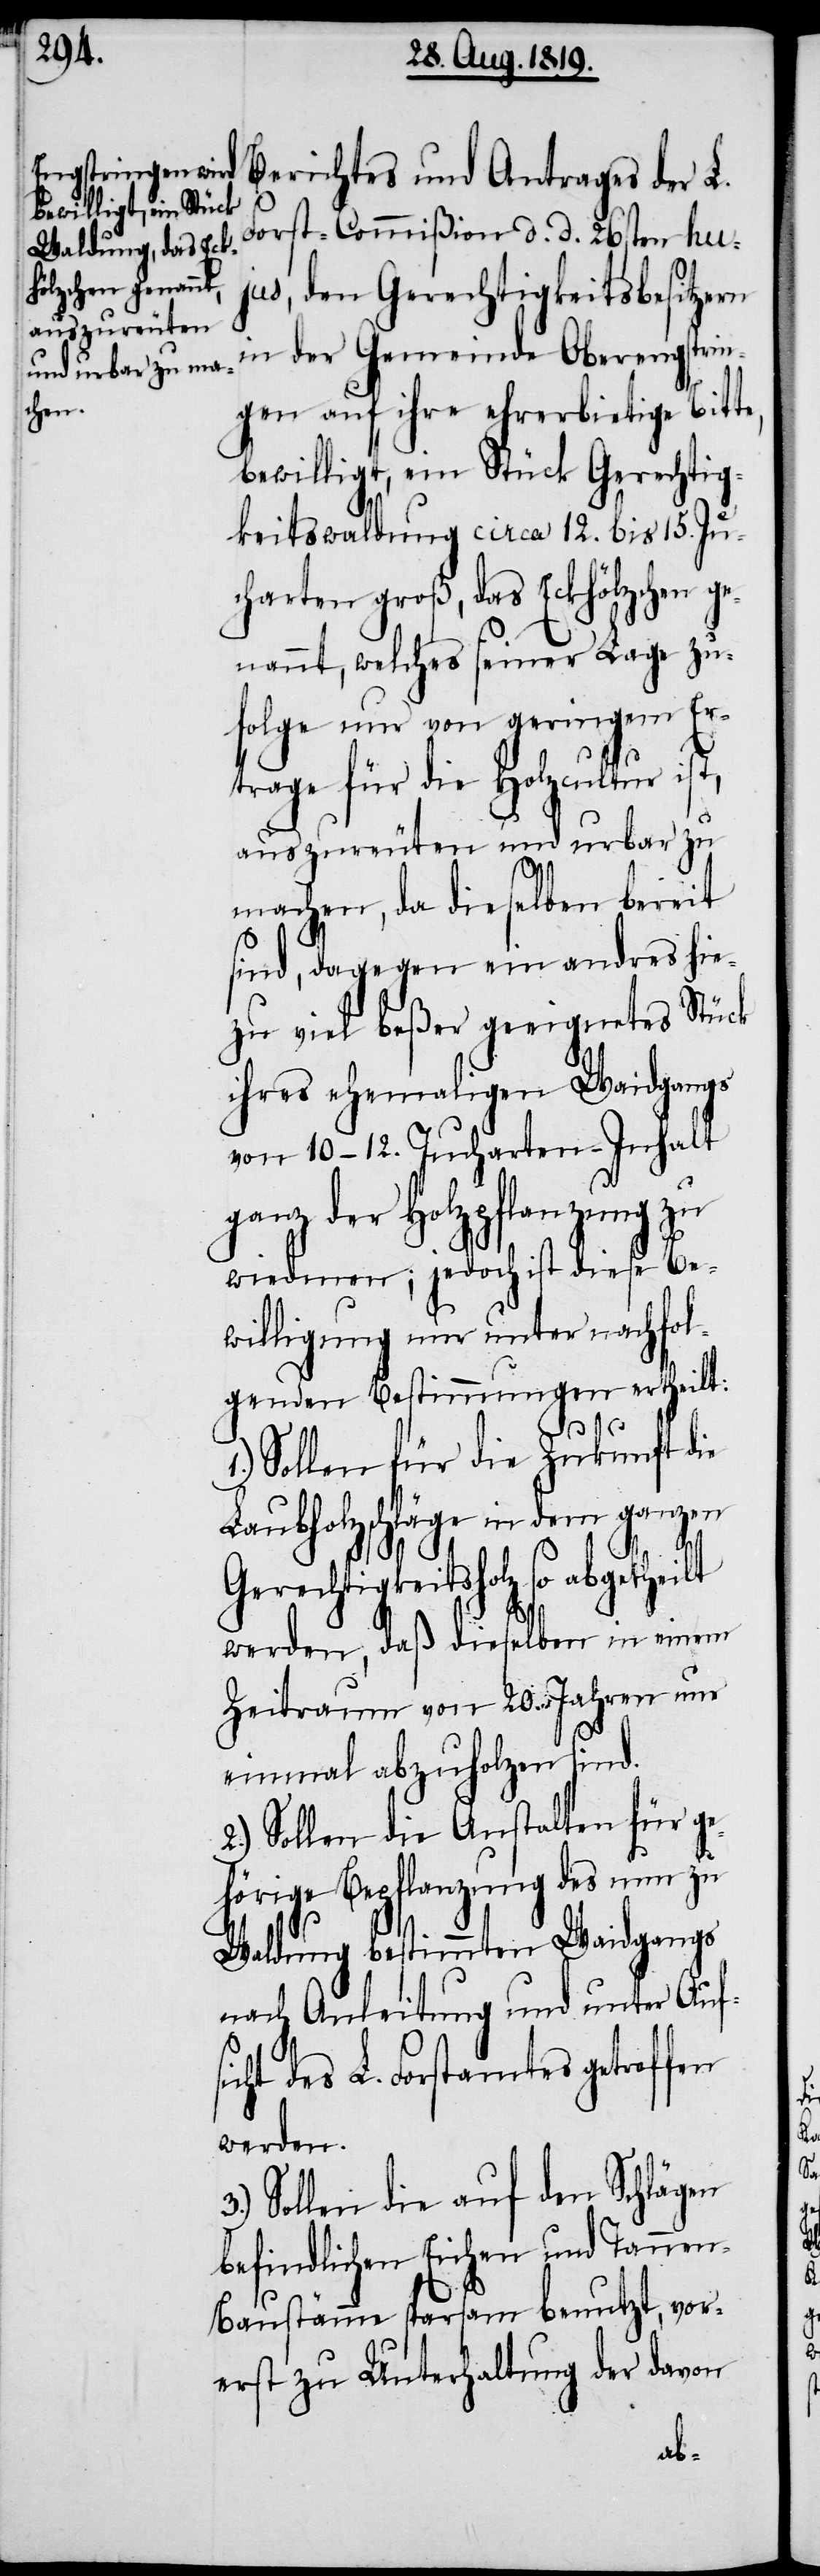
Berichtes und Antrages der L.
Forst-Commißion d. d. 26sten huj¬
us, den Gerechtigkeitsbesitzern
in der Gemeinde Oberengstrin¬
gen auf ihre ehrerbietige Bitt¬
bewilligt, ein Stück Gerechtig¬
keitswaldung circa 12. bis 15. Ju¬
charten groß, das Eckhölzchen ge¬
nannt, welches seiner Lage zu¬
folge nur von geringem Er¬
trage für die Holzcultur ist,
auszureuten und urbar zu
machen, da dieselben bereit
sind, dagegen ein andres hie¬
zu viel beßer geeignetes Stück
ihres ehemaligen Waidgangs
von 10 – 12. Jucharten-Inhalt
ganz der Holzpflanzung zu
wiedmen; jedoch ist diese Be¬
willigung nur unter nachfol¬
genden Bestimmungen ertheilt:
Sollen für die Zukunft die
Laubholzschläge in dem ganzen
3.)
Gerechtigkeitsholz so
werden, daß dieselben in einem
Zeitraum von 20. Jahren nur
einmal abzuholzen sind.
2.) Sollen die Anstalten für ge¬
hörige Bepflanzung des nun zu
Waldung bestimmten Waidgangs
nach Anleitung und unter Aufs¬
icht des L. Forstamtes getroffen
werden.
Sollen die auf den Schlägen
befindlichen Eichen und Tanne¬
n-Baustämme sparsam benutzt, vor¬
erst zu Unterhaltung der davon